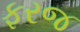
ફરજ